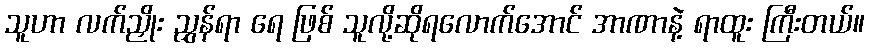
သူဟာ လက်ညှိုး ညွှန်ရာ ရေ ဖြစ် သူလို့ဆိုရလောက်အောင် အာဏာနဲ့ ရာထူး ကြီးတယ်။